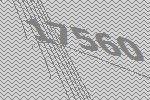
17560